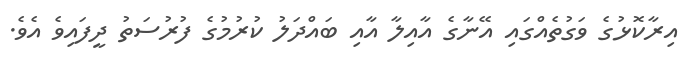
އިރާކޮޅުގެ ވަގުތެއްގައި އޭނާގެ އާއިލާ އާއި ބައްދަލު ކުރުމުގެ ފުރުސަތު ދީފައިވެ އެވެ.